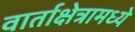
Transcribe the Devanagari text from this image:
वार्ताक्षेत्रामध्ये